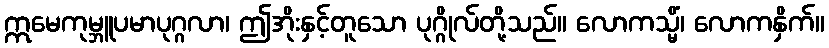
ဣမေကုမ္ဘူပမာပုဂ္ဂလာ၊ ဤအိုးနှင့်တူသော ပုဂ္ဂိုလ်တို့သည်။ လောကသ္မိံ၊ လောကနှိက်။